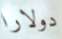
دولارا